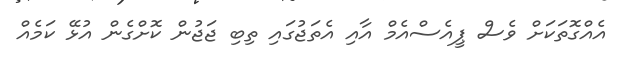
އެއްގޮތަކަށް ވެސް ޕީއެސްއެމް އާއި އެތަޖުގައި ތިބި ޖަޖުން ކޮށްގެން އުޅޭ ކަމެއް